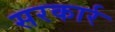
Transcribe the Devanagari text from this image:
सरकार्र